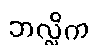
ဘလ္လိက